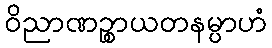
ဝိညာဏဉ္စာယတနမ္ပာဟံ